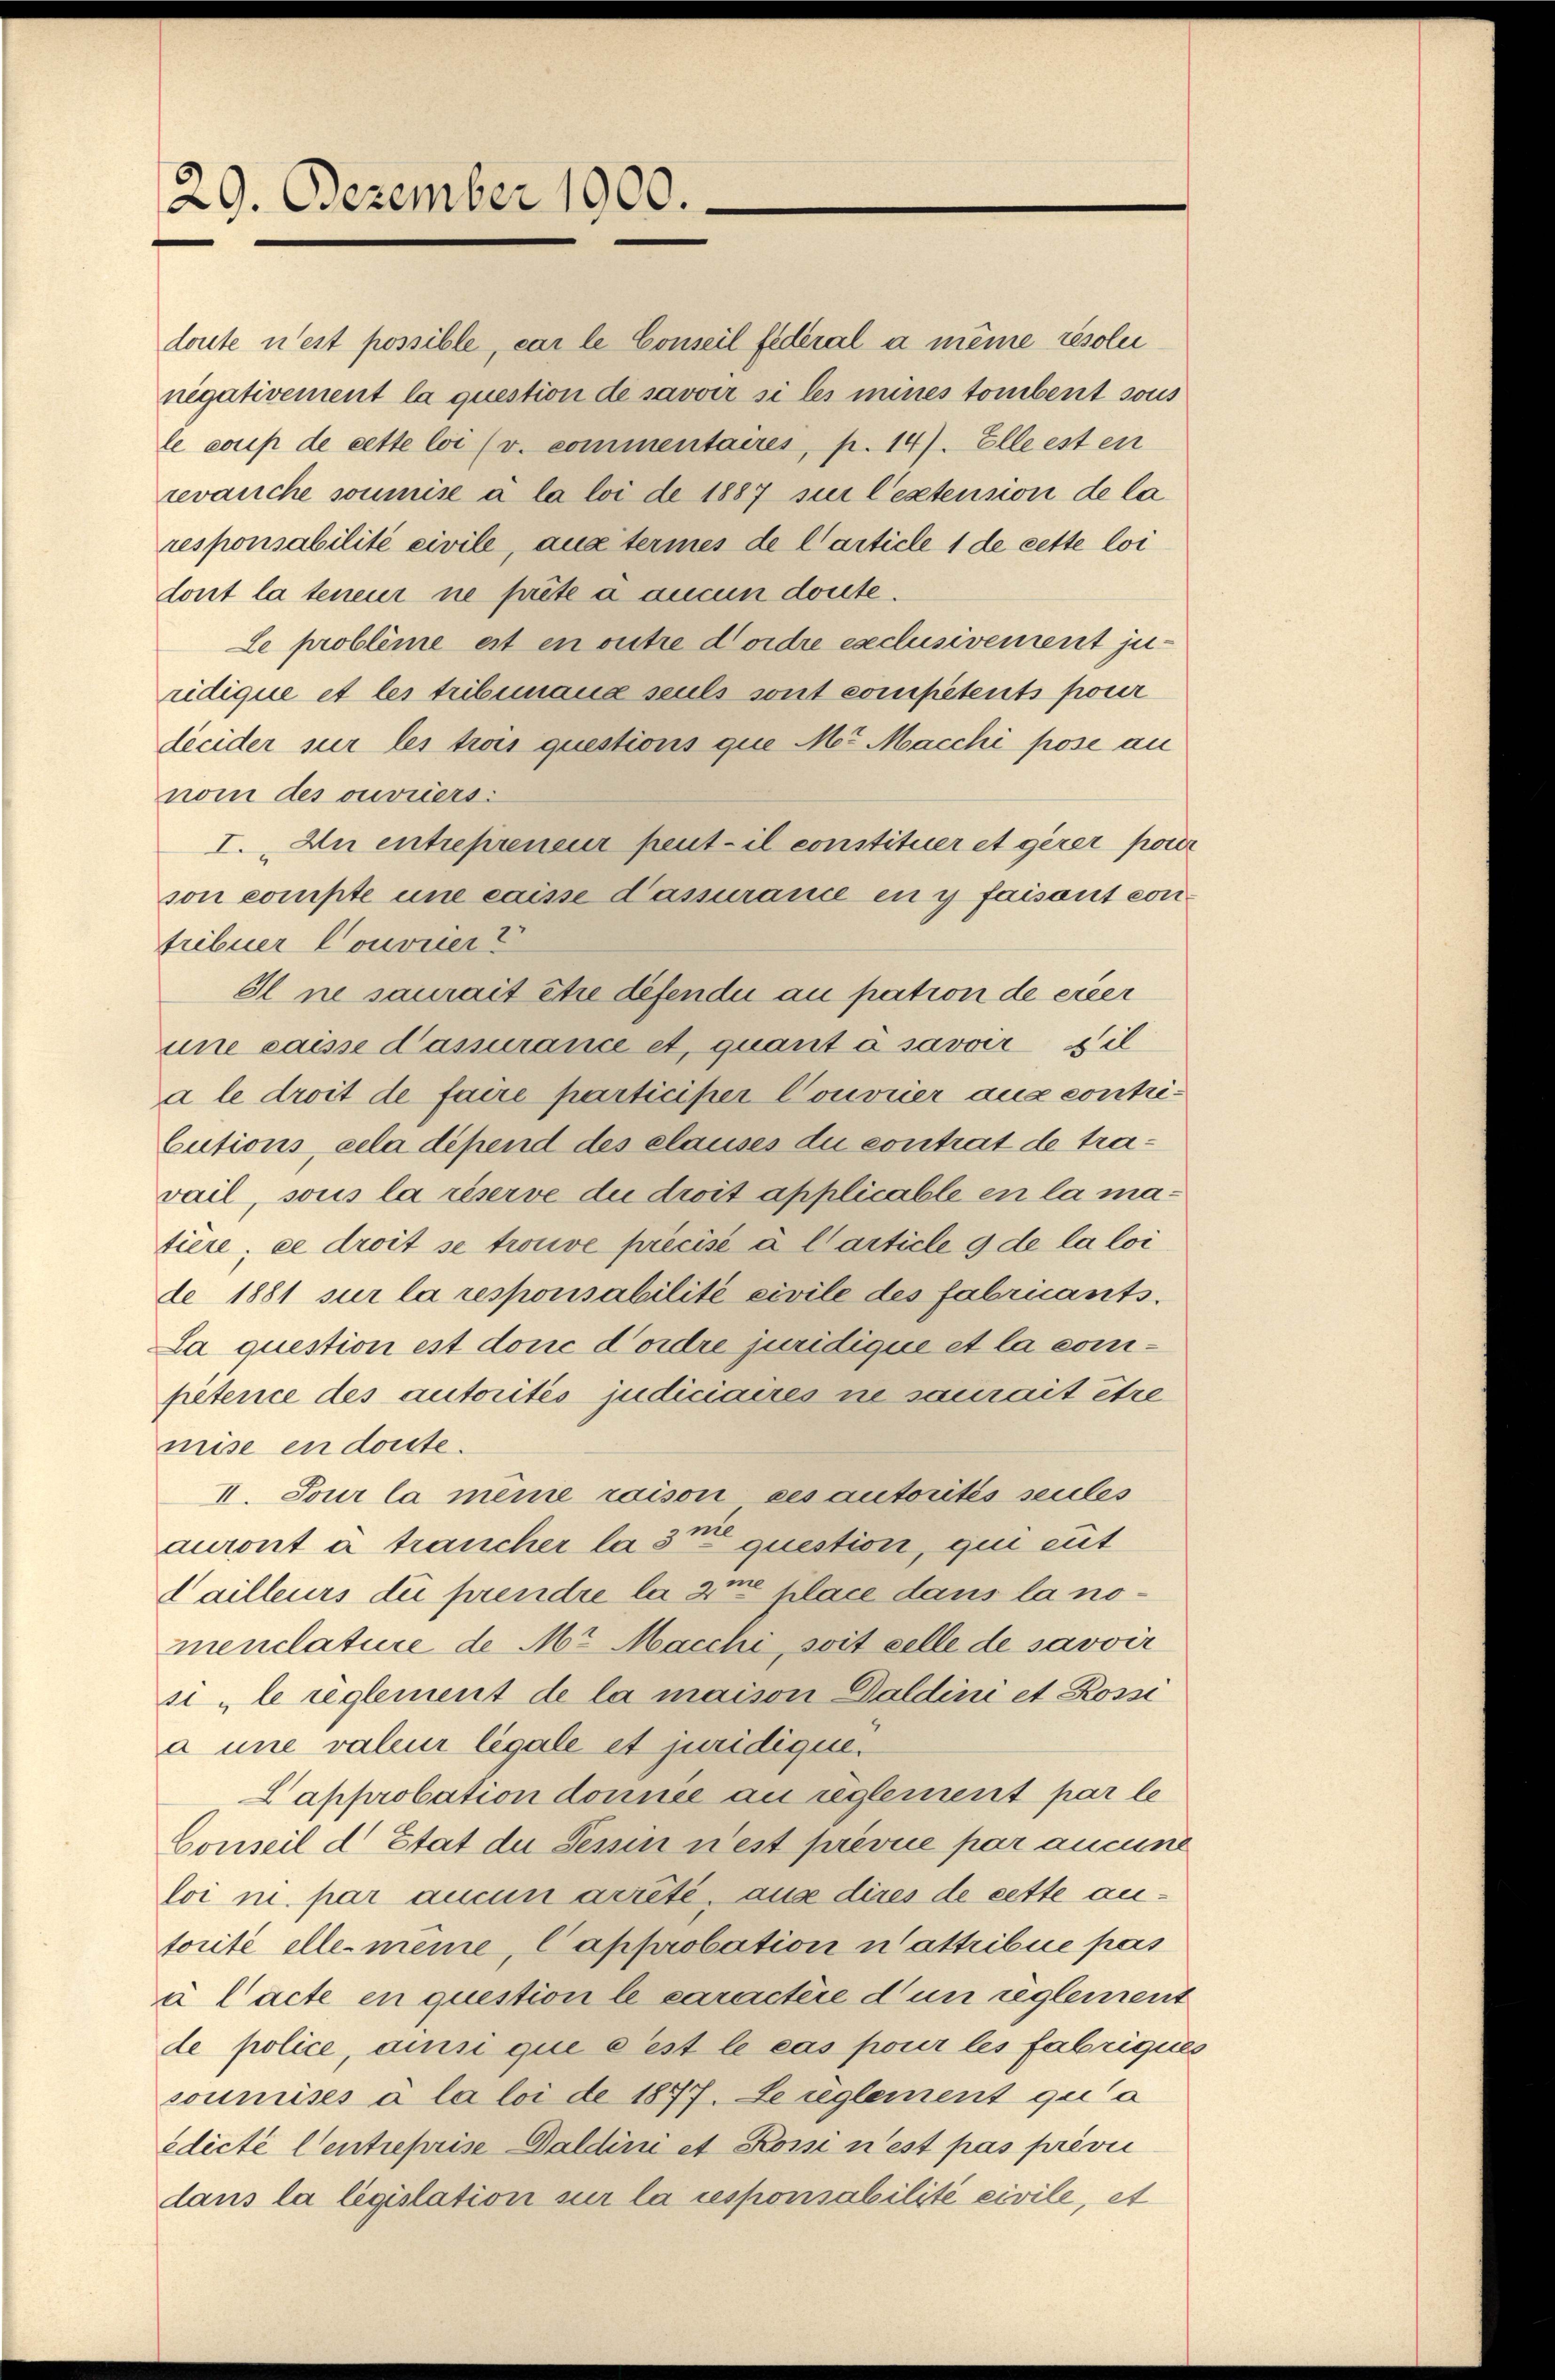
29. Dezember 1900.

II. Tour la meine raison ces autorités seules
auront à traucher la 3t question, qui eut
dailleurs die prendre la zu place dans la nomenclature de Mt Macchi, soit celle de savoir
si le reglement de la maison Daldini et Rosse
à une valeur légale et juridique.
Lapprobation donnée an Eglement par le
Conseil d Etat der Tessin n’est prévue par aucune
loi m. par aucun arrêté, aus dires de cette antorité elle meine, Capprobation nattribue pas
à l’acte en question le caractère d un reglement
de police, ansi que c’est le cas pour les fabriques
soumises à la loi de 1877. Le reglement qua
edicte Centreprise Daldini et Rossi n’est pas prévic
dans la législation sur la responsabilité civile, et

doute n’est possible, car le Conseil fédéral à même résolu
negativement la question de savoir si les mines tombent sous
le coup de cette loi (v. commentaires, p. 147. Elle est en
revanche soumise à la loi de 1887 si l’extension de la
responsabilité civile, aus termes de Carticle 1 de cette loi
dont la teneur ne préte a aucun doute.
Le probleme est en outre dordre exclusivement juridique et les tribemana seuls sont competents pour
decider sur les trois questions que M. Macchi pose an
nom des ouvriers:
I. An entrepreneur peut - il constituer et gerer poser
son compte une caisse Cassurance en y faisant contribuer Couvriert
Il ne saurait être defendii au pation de eiger
une caisse d’assurance et, quant à savoir sil
a le droit de faire participer Couvrier aus contri¬
Cutions, cela dépend des clauses du contrat de travail, sous la réserve die droit applicable en la matiere; ce droit se trouve précisé à l’article 9 de la loi
de 1881 sur la responsabilité civile des fabricants.
La question est doric d’ordre juridique et la competence des autorités judiciaires ne saurait être
mise en dorte.